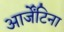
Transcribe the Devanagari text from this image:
आर्जेंटिना